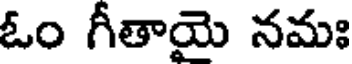
ఓం గీతాయై నమః